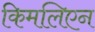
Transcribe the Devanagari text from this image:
किमलिएन